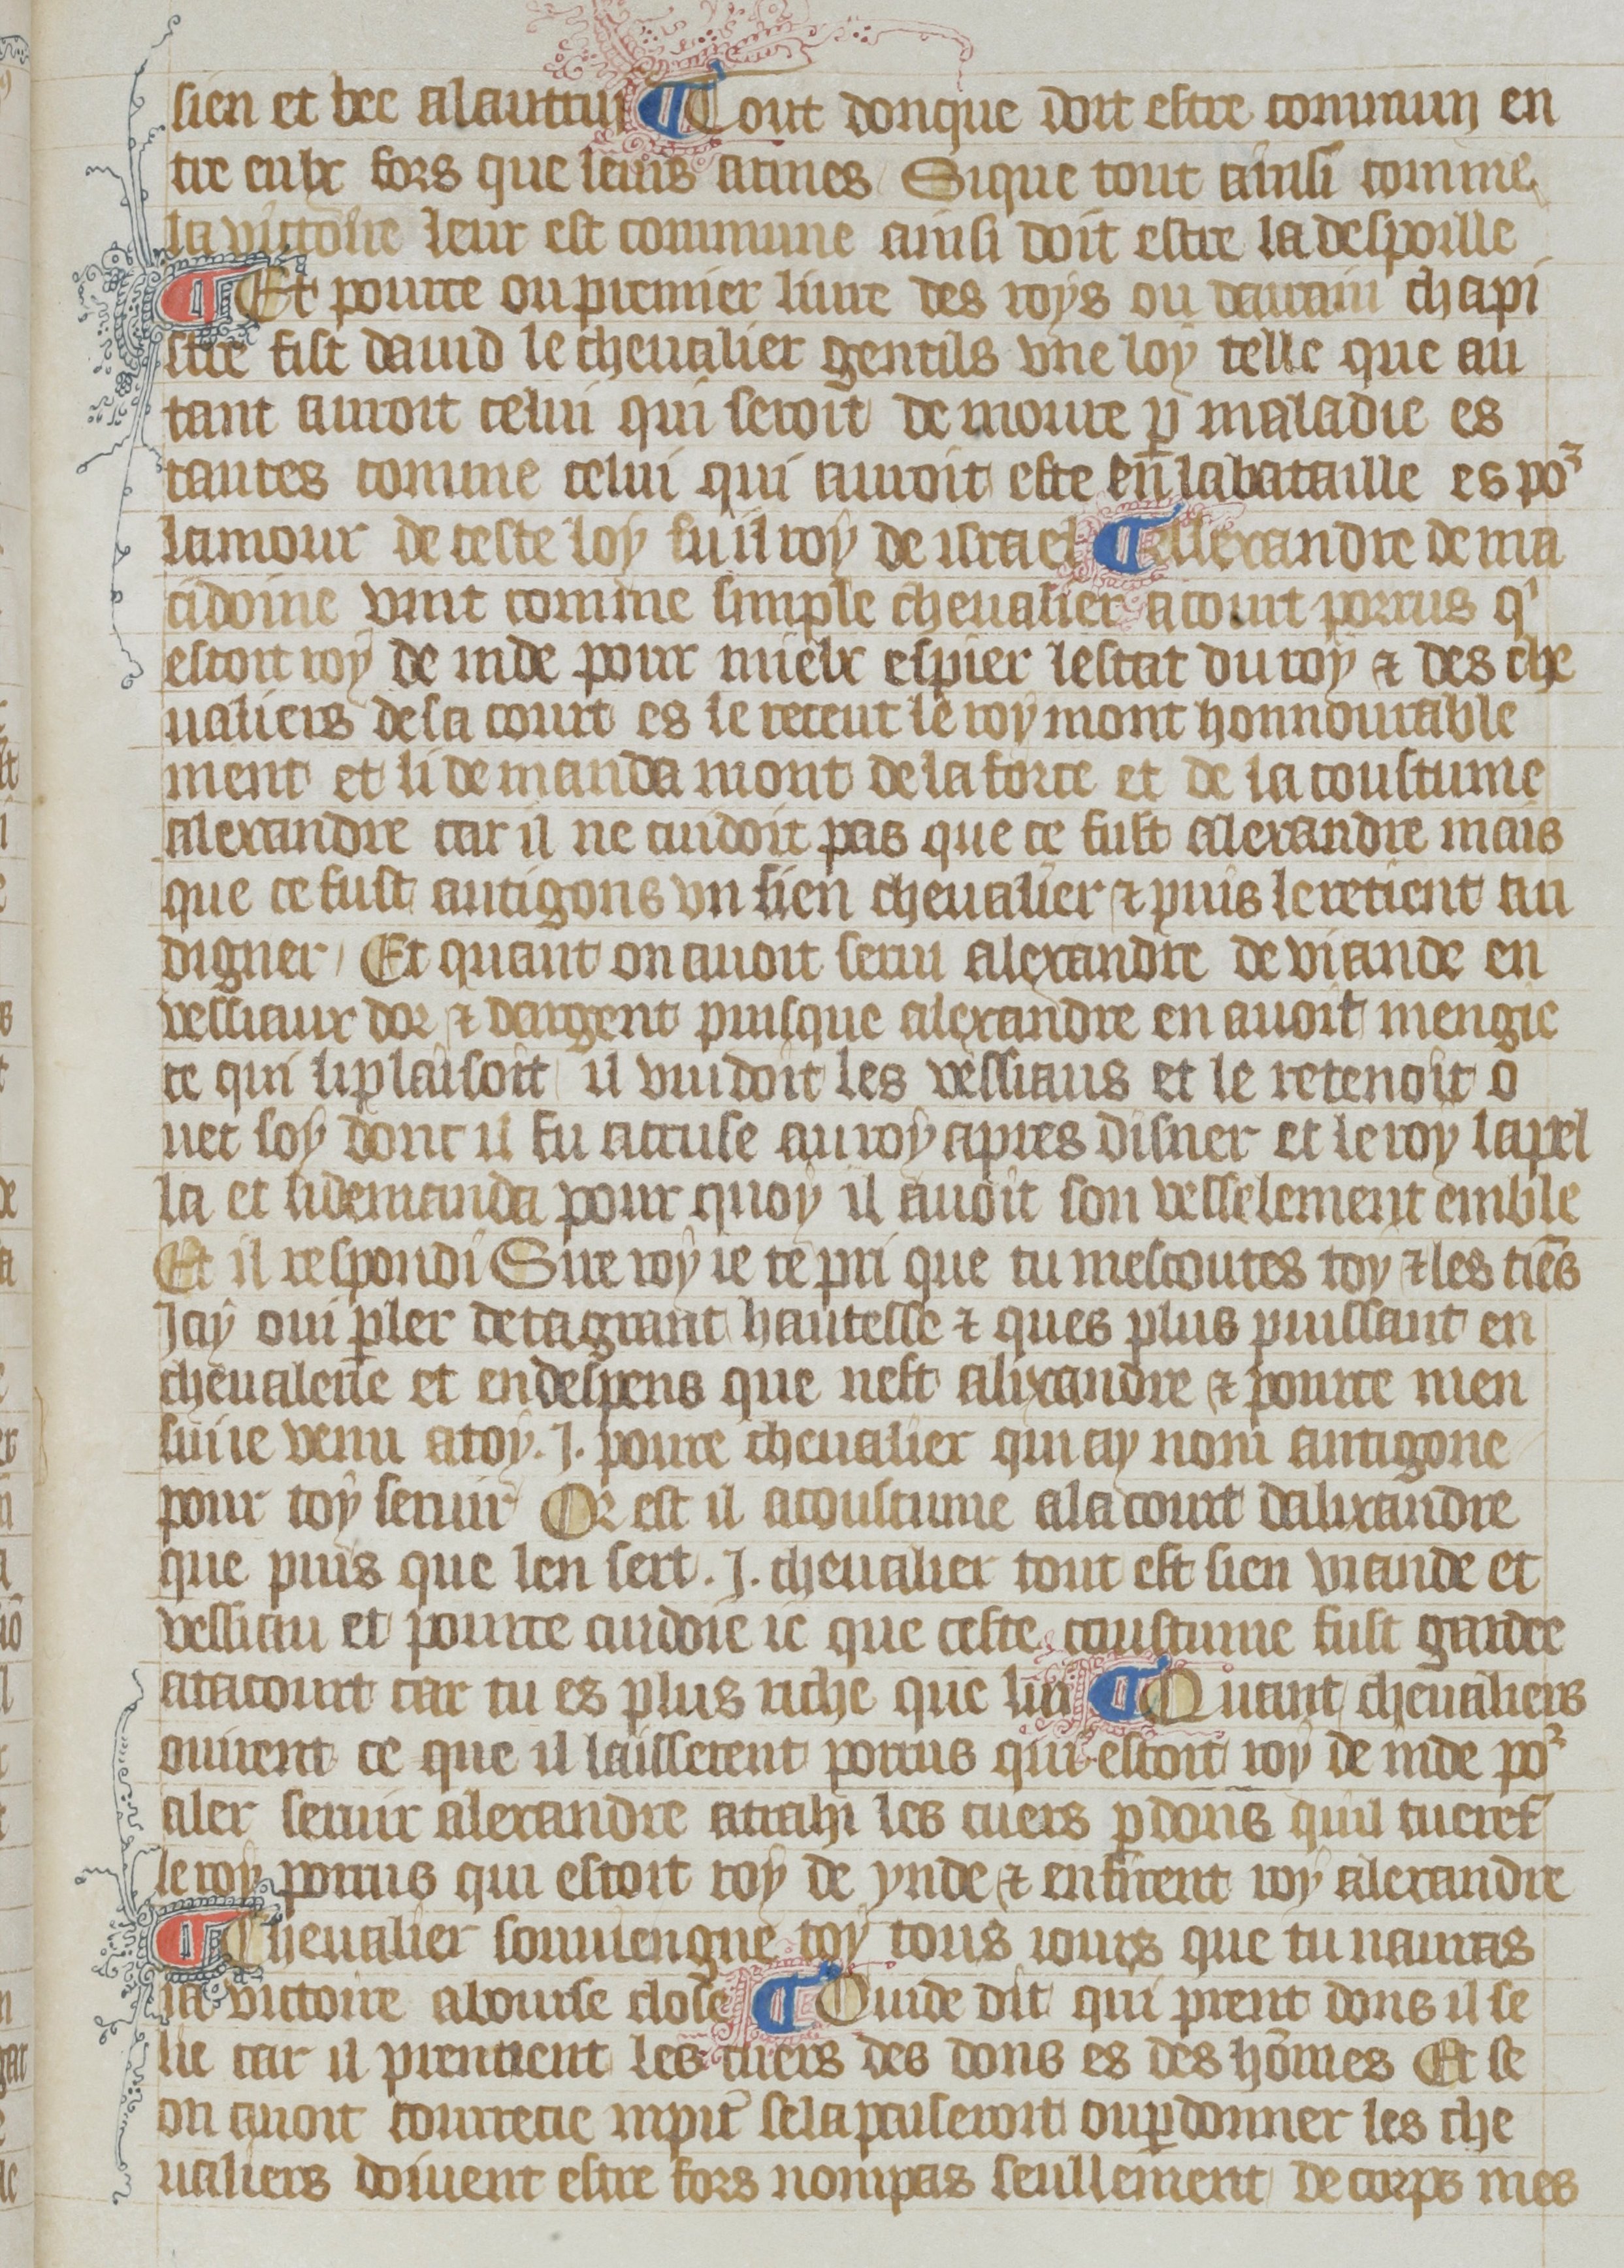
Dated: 1380–1399